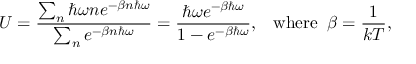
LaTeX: U = { \frac { \sum _ { n } \hbar \omega n e ^ { - \beta n \hbar \omega } } { \sum _ { n } e ^ { - \beta n \hbar \omega } } } = { \frac { \hbar \omega e ^ { - \beta \hbar \omega } } { 1 - e ^ { - \beta \hbar \omega } } } , \; \; \; \mathrm { { w h e r e } } \; \; \beta = { \frac { 1 } { k T } } ,